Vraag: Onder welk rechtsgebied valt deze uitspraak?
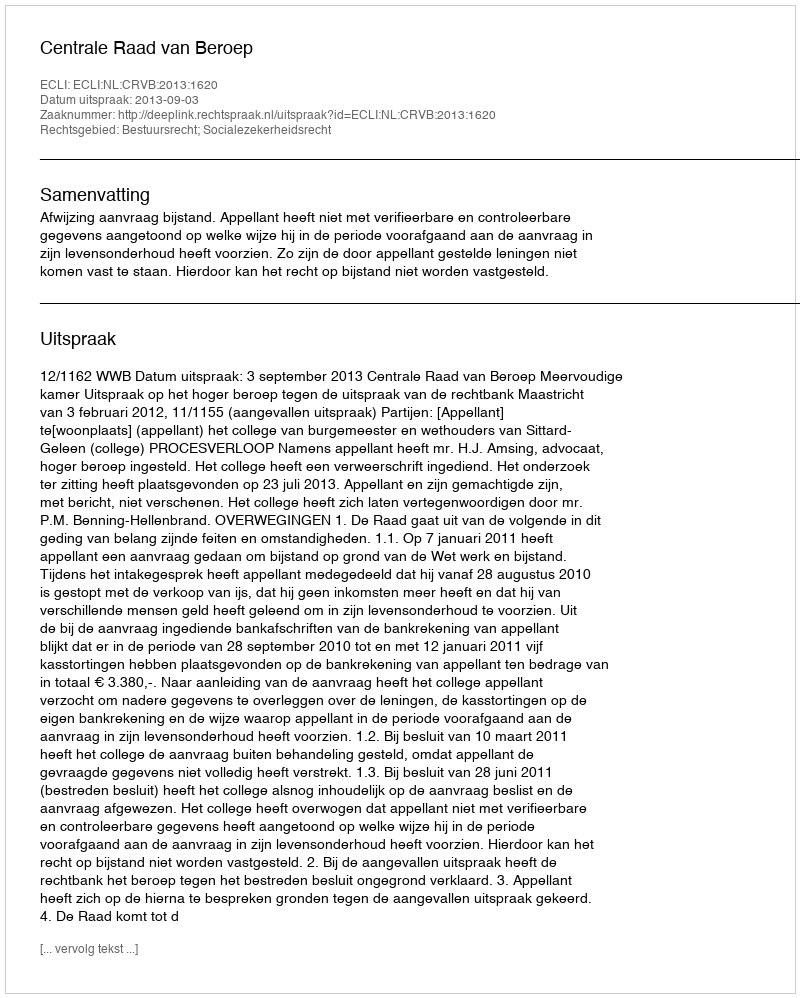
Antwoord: Bestuursrecht; Socialezekerheidsrecht